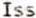
ISS